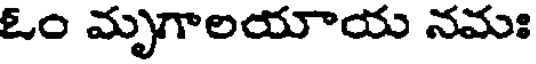
ఓం మృగాలయాయ నమః